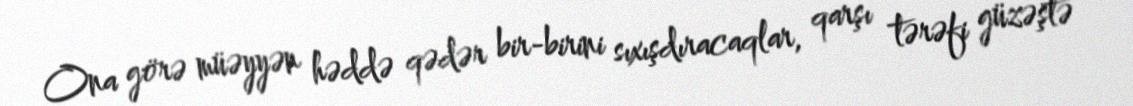
Ona görə müəyyən həddə qədər bir-birini sıxışdıracaqlar, qarşı tərəfi güzəştə